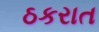
ઠકરાત